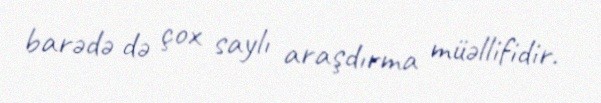
barədə də çox saylı araşdırma müəllifidir.